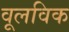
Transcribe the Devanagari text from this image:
वूलविक